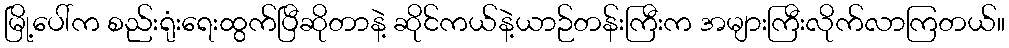
မြို့ပေါ်က စည်းရုံးရေးထွက်ပြီဆိုတာနဲ့ ဆိုင်ကယ်နဲ့ယာဉ်တန်းကြီးက အများကြီးလိုက်လာကြတယ်။